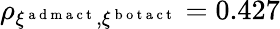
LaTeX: \rho_{\xi^{\mathrm{~a~d~m~a~c~t~}},\xi^{\mathrm{~b~o~t~a~c~t~}}}=0.427